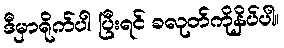
ဒီမှာရိုက်ပါ ပြီးရင် ခလုတ်ကိုနှိပ်ပါ။